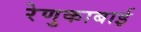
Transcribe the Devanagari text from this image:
रेणुकाबाई